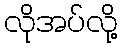
လိုအပ်လို့